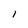
Character: l